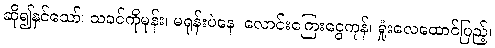
ဆို၍နှင်သော်၊ သခင်ကိုမုန်း၊ မရုန်းပဲနေ၊ လောင်းကြေးငွေကုန်၊ ရှုံးလေထောင်ပြည့်၊